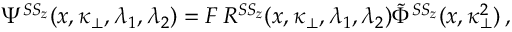
\Psi ^ { S S _ { z } } ( x , \kappa _ { \bot } , \lambda _ { 1 } , \lambda _ { 2 } ) = { \cal F } \, R ^ { S S _ { z } } ( x , \kappa _ { \bot } , \lambda _ { 1 } , \lambda _ { 2 } ) \tilde { \Phi } ^ { S S _ { z } } ( x , \kappa _ { \bot } ^ { 2 } ) \, ,